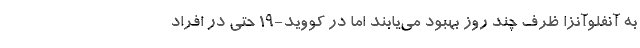
به آنفلوآنزا ظرف چند روز بهبود می‌یابند اما در کووید-۱۹ حتی در افراد